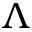
\Lambda